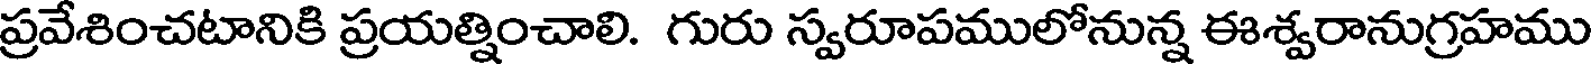
ప్రవేశించటానికి ప్రయత్నించాలి. గురు స్వరూపములోనున్న ఈశ్వరానుగ్రహము